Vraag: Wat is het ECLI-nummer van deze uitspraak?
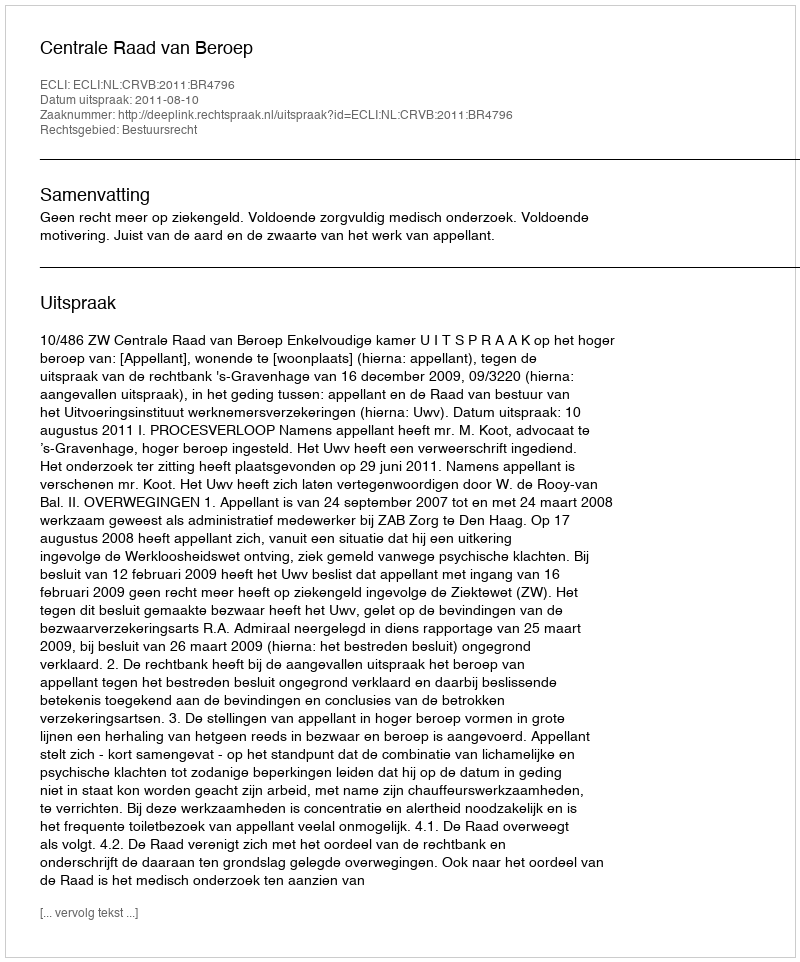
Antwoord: ECLI:NL:CRVB:2011:BR4796